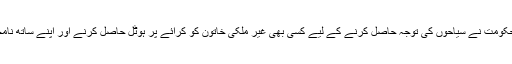
خبر رساں ادارے ’رائٹرز‘ کے مطابق سعودی حکومت نے سیاحوں کی توجہ حاصل کرنے کے لیے کسی بھی غیر ملکی خاتون کو کرائے پر ہوٹل حاصل کرنے اور اپنے ساتھ نامحرم شخص کو ساتھ رکھنے کی اجازت دے دی۔